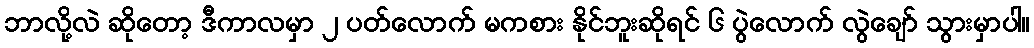
ဘာလို့လဲ ဆိုတော့ ဒီကာလမှာ ၂ ပတ်လောက် မကစား နိုင်ဘူးဆိုရင် ၆ ပွဲလောက် လွဲချော် သွားမှာပါ။